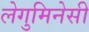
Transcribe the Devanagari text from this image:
लेगुमिनेसी